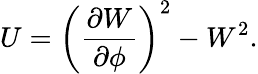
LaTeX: U=\left(\frac{\partial W}{\partial\phi}\right)^{2}-W^{2}.